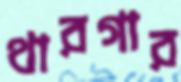
থারগার